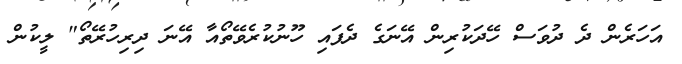
އަހަރެން ދެ ދުވަސް ހޭދަކުރިން އޭނަގެ ދެފައި ހޫނުކުރެވޭތޯއާ އޭނަ ދިރިހުރޭތޯ" ލީކުން